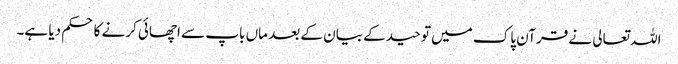
اللہ تعالی نے قرآن پاک میں توحید کے بیان کے بعد ماں باپ سے اچھائی کرنے کا حکم دیا ہے۔